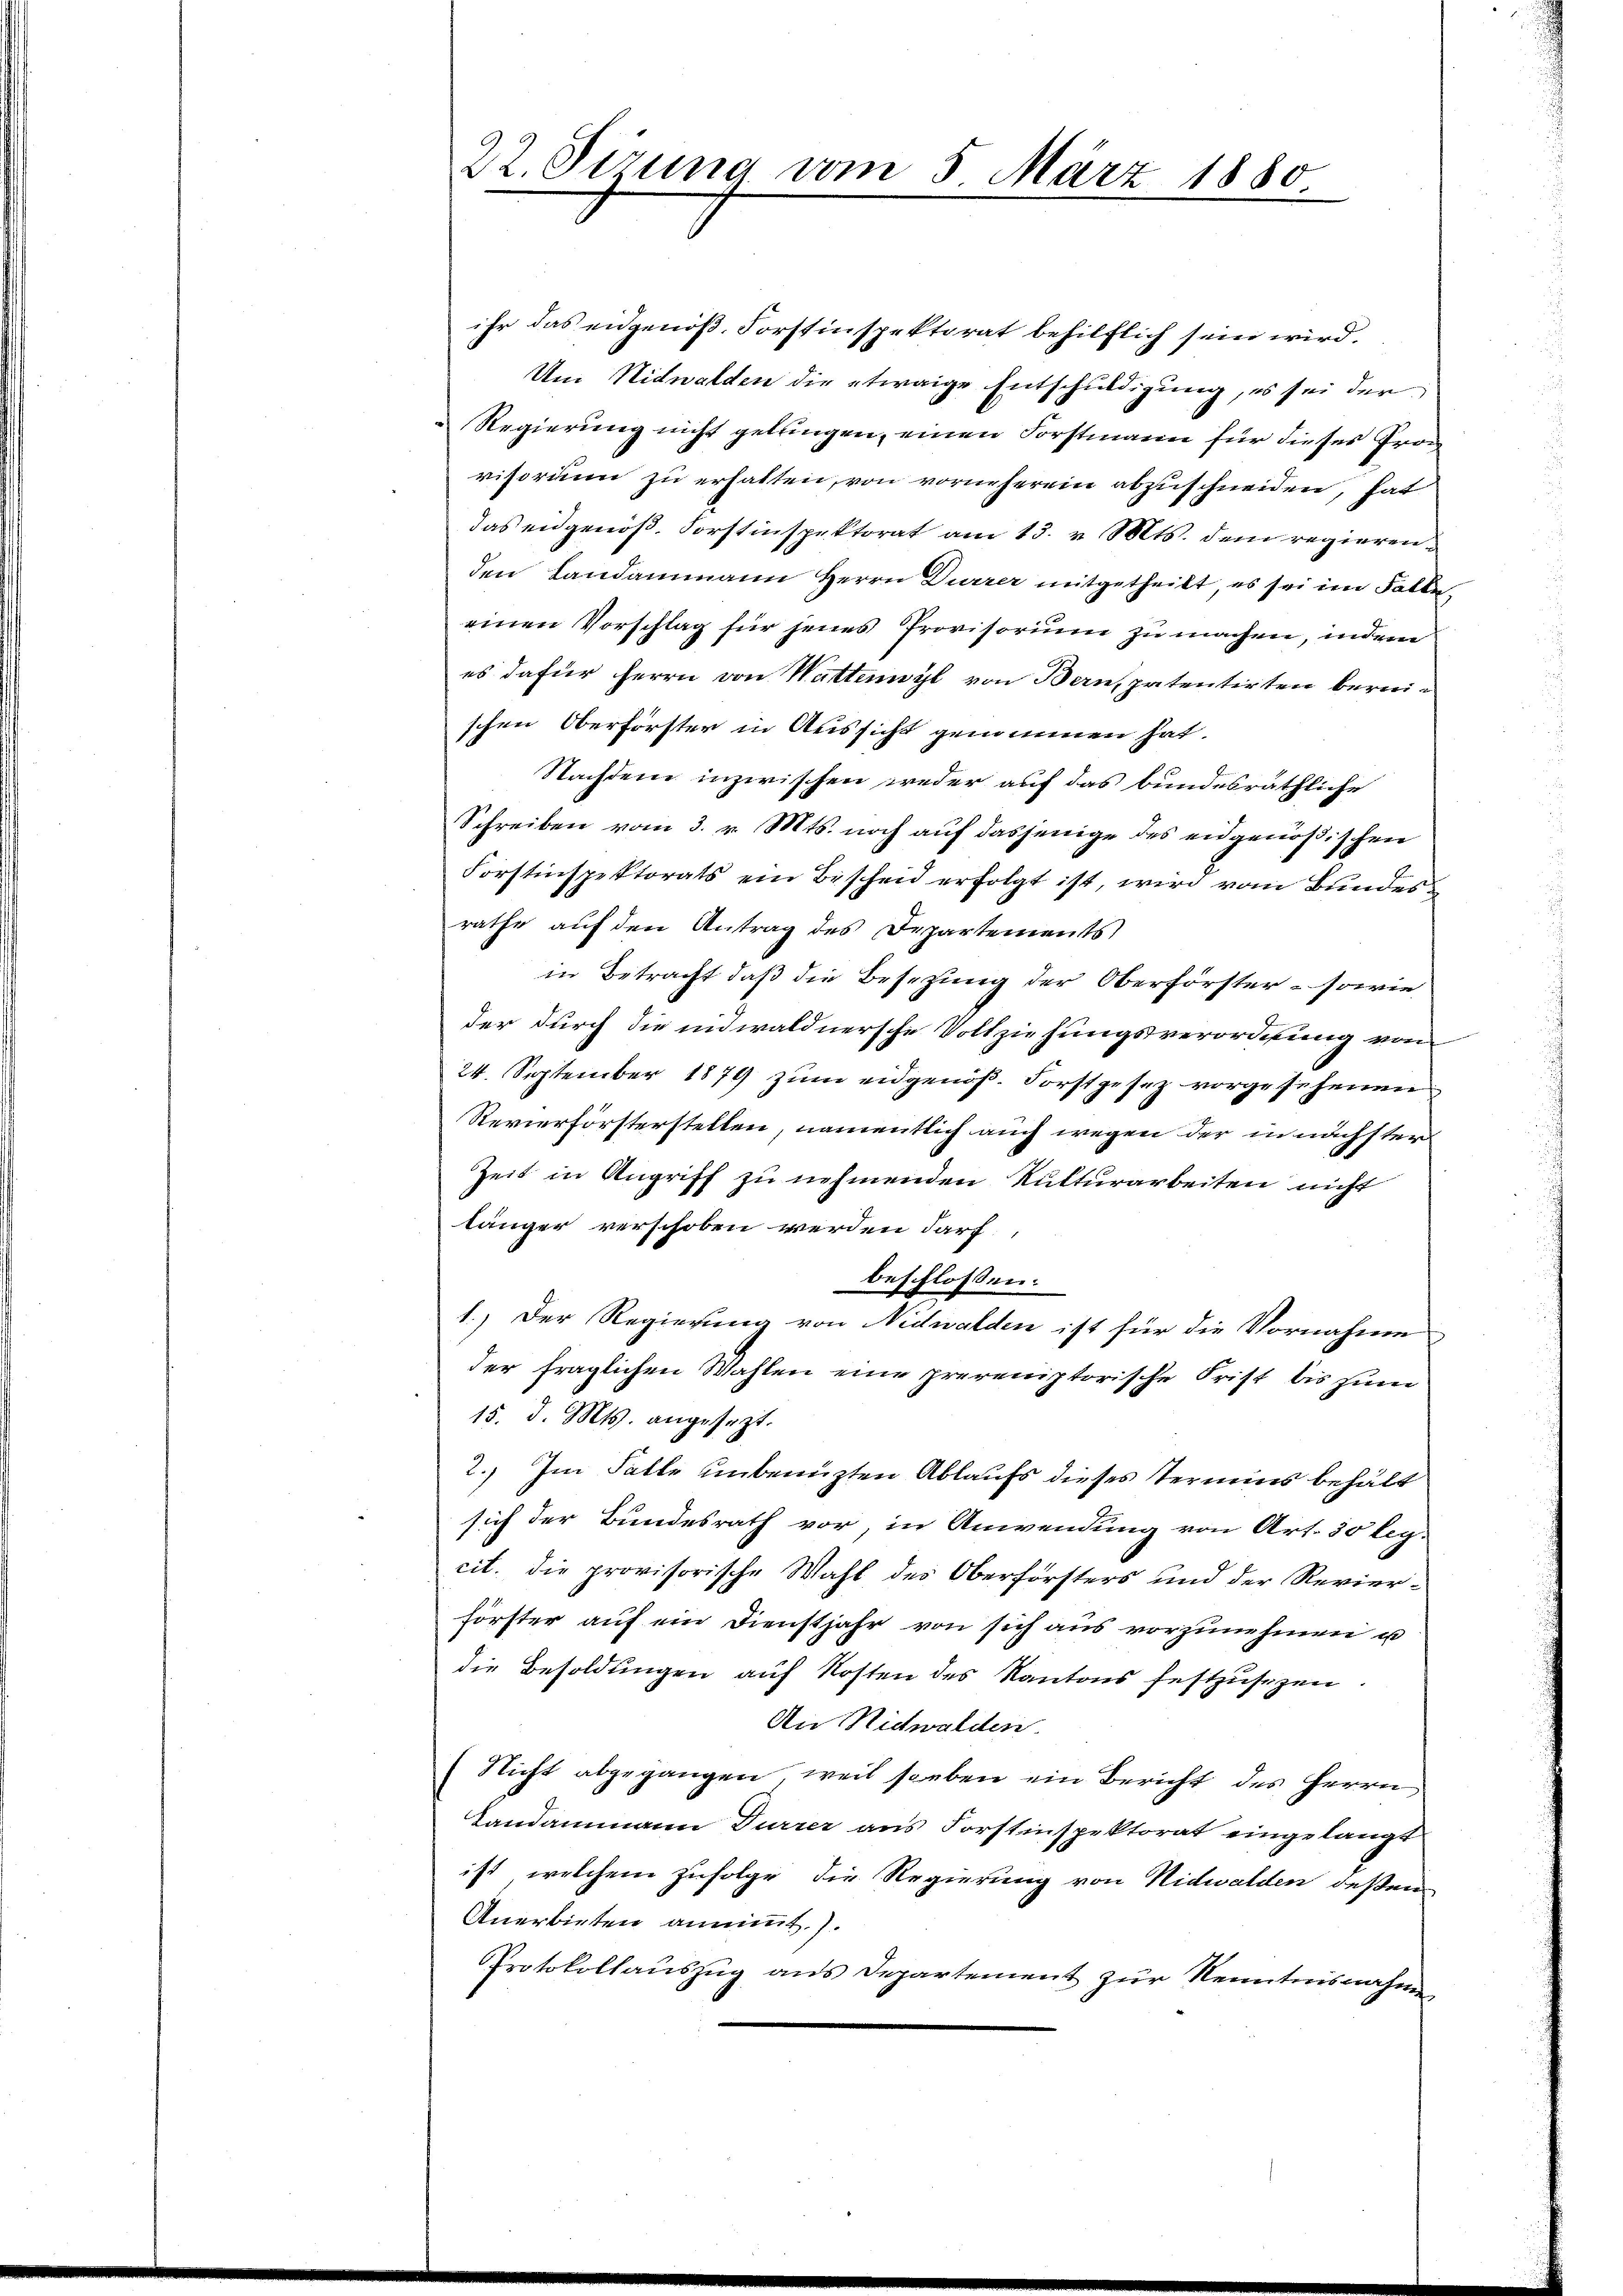
22. Sizung vom 5. März 1880.

ihr das eidgenöß. Forstinspektorat behilflich sein wird.
Um Nidwalden die etwaige Entschuldigung, es sei der
Regierung nicht gelangen, einen Forstmann für dieses Pronvisorium zu erhalten, von vorneherein abzuschneiden, hat
das eidgenöβ. Forstinspektorat am 13. v. Mts. dem regierenden Landammann Herrn Dürrer mitgetheilt, es sei im Falle,
einen Vorschlag für jenes Provisorium zu machen, indem
es dafür herrn von Wattenwyl von Bern, patentirten bereischen Oberforster in Aussicht genommen hat.
Nachdem inzwischen weder auf das bundesräthliche
Schreiben vom 3. v. Mts. noch auf dasjenige des eidgenößischen
Forstinspektorats ein Bescheid erfolgt ist, wird vom Bundesrathe auf den Antrag des Departements
in Betracht daß die Besetzung der Oberförster - sowie
der durch die unwaldnersche Vollziehungsverordnung von
24. September 1879 zum eidgenöß. Forstgesez vorgesehenen
Revierförsterstellen, namentlich auch wegen der in nächster
Zeit in Angriff zu nehmenden Rutturarbeiten nicht
länger verschoben werden darf,
beschlossen:
1.) Der Regierung von Nidwalden ist für die Vornahme
der fraglichen Wahlen eine preveniptorische Frist bis zum
15. d. Mts. angesezt.
2.) Im Falle unbenuzten Ablaufs dieses Termins behält
sich der Bundesrath vor in Anwendung von Art. 30 leg-
cit. die provisorische Wahl des Oberförsters und der Revierförster auf ein Dienstjahr von sich aus vorzŭnehmen u
die Besoldungen auf Kosten des Kantons festzusezen
An Nidwalden.
Nicht abgegangen, weil soeben ein Bericht des Herrn
Landammann Durrer aus Forstinspektorat eingelangt
ist, welchem zufolge die Regierung von Nidwalden deßen
Anerbieten annimmt.).
Protokollauszug aus Departement zur Kenntnisnahmen